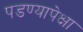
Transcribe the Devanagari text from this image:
पडण्यापेक्षा